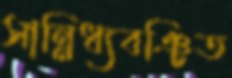
সান্নিধ্যবঞ্চিত